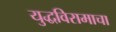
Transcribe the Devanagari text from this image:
युद्धविरामाचा